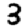
Digit: 3